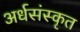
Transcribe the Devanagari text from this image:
अर्धसंस्कृत